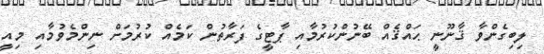
ލިބިގެންވާ ޤާނޫނީ ޙައްޤެއް ބޭނުންކުރުމާއި ޕާޓީގެ ފަރާތުން ކަމެއް ކުރުމަށް ނިންމެވުމާއި މިއީ